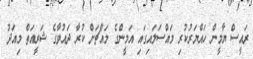
ރައީސް ޔާމީން ހައްޔަރުކުރި މައްސަލައިގައި އަމީންގެ މައްޗަށް ކުރާ ދައުވާގެ ޝަރީއަތް މިއަދު